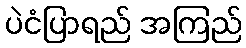
ပဲငံပြာရည် အကြည်